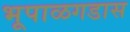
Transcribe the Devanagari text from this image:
भूपाळगडास